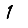
Digit: 1